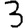
Digit: 3